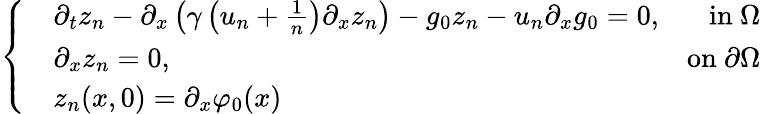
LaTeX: \left\{ \begin{array}{rlr}&{\partial_{t}z_{n}-\partial_{x}\left(\gamma\left(u_{n}+\frac{1}{n}\right)\partial_{x}z_{n}\right)-g_{0}z_{n}-u_{n}\partial_{x}g_{0}=0,}&{\mathrm{in~}\Omega}\\ &{\partial_{x}z_{n}=0,}&{\mathrm{on~}\partial\Omega}\\ &{z_{n}(x,0)=\partial_{x}\varphi_{0}(x)}\end{array}\right.